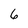
Character: 6